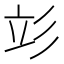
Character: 𰐧